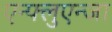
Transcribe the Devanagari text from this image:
एन्फ्लुएन्जा